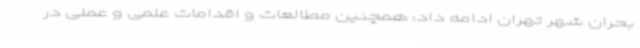
بحران شهر تهران ادامه داد: همچنین مطالعات و اقدامات علمی و عملی در